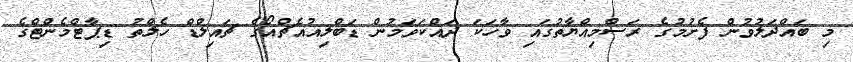
މި ބައްދަލުވުން ފެށުމުގެ ރަސްމިއްޔާތުގައި ވާހަކަ ދައްކަވަމުން ޑަބްލިއުއެޗްއޯގެ ޗައިލްޑް ހެލްތު ޑިޕާޓްމެންޓްގެ